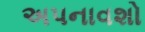
અપનાવશો